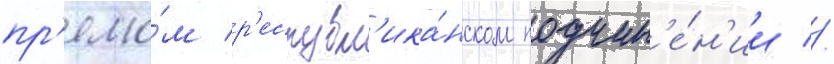
пр'ямо́м р'еспубл'ика́нском подчин'е́н'ии //